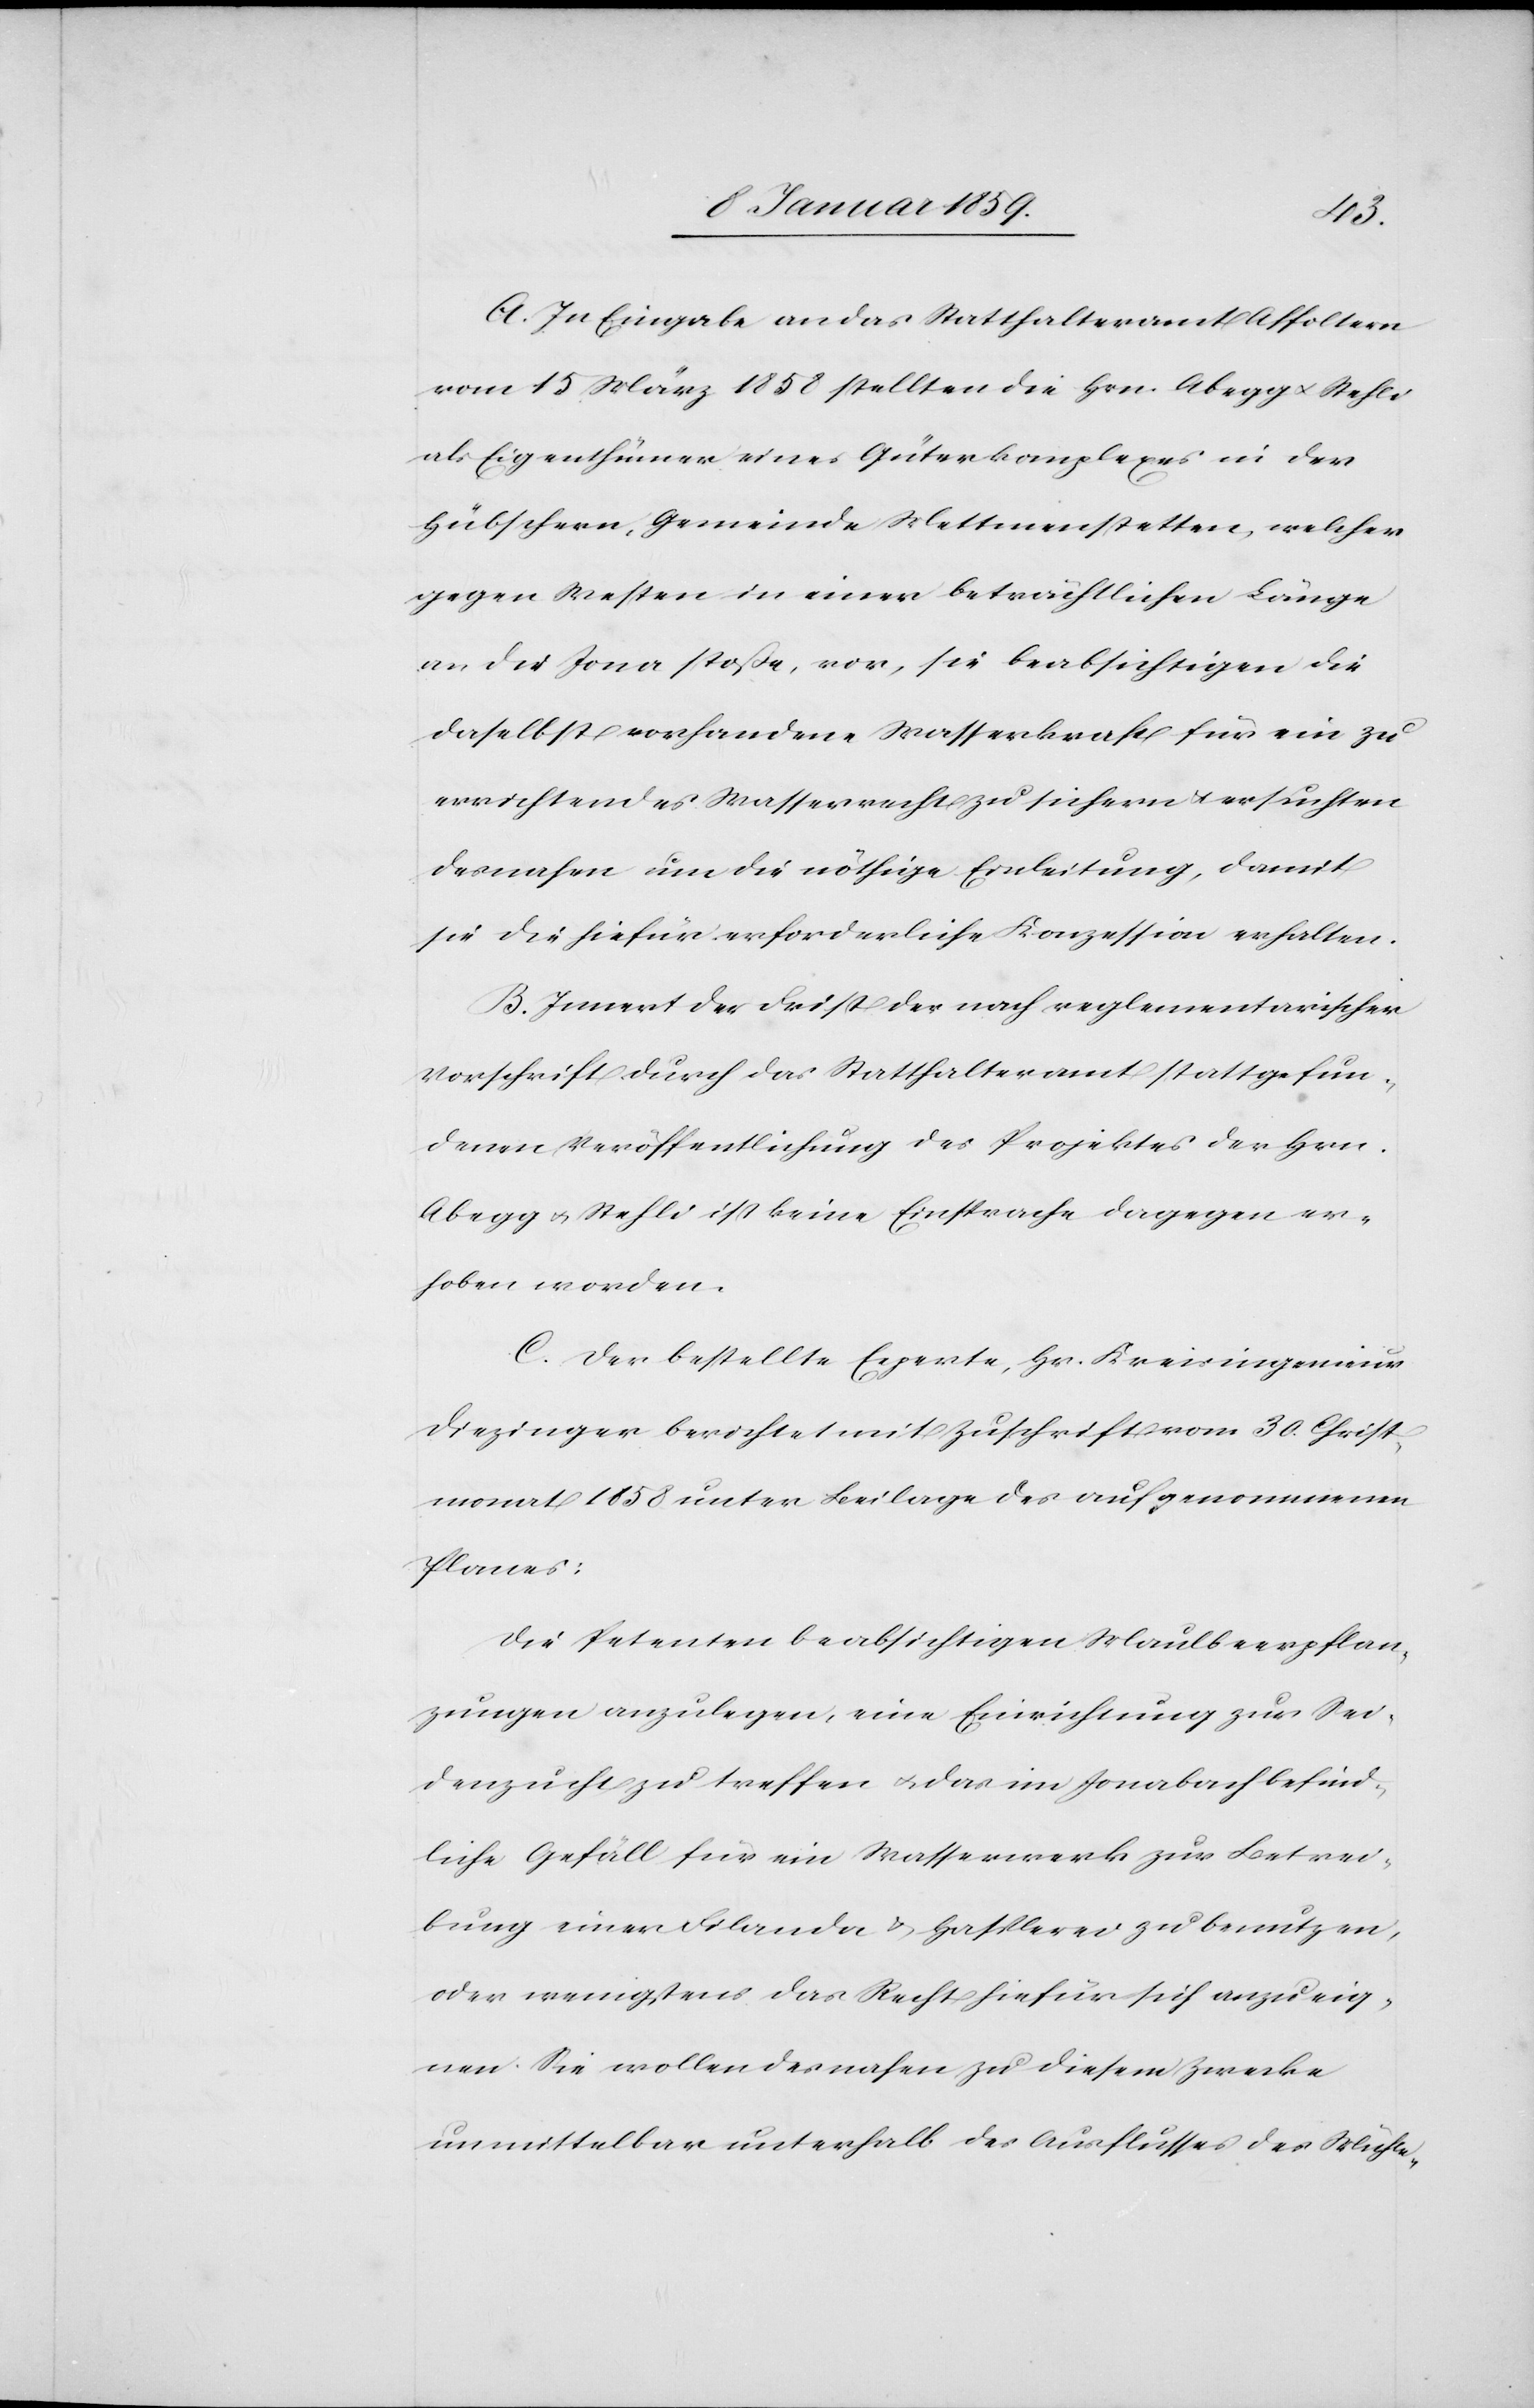
A. In Eingabe an das Statthalteramt Affoltern
vom 15 März 1858 stellten die Hrn. Abegg u, Stehli
als Eigenthümer eines Güterkomplexes in der
Hübschern, Gemeinde Mettmenstetten, welcher
gegen Westen in einer beträchtlichen Länge
an die Jona stoße, vor, sie beabsichtigen die
daselbst vorhandene Wasserkraft für ein zu
errichtendes Wasserrecht zu sichern u. ersuchten
desnahen um die nöthige Einleitung, damit
sie die hiefür erforderliche Konzession erhalten.
B. Innert der Frist der nach reglementarischer
Vorschrift durch das Statthalteramt stattgefun¬
denen Veröffentlichung des Projektes der Hrn.
Abegg u. Stehli ist keine Einsprache dagegen er¬
hoben worden.
C. Der bestellte Experte, Hr. Kreisingenieur
Diezinger berichtet mit Zuschrift vom 30. Christ¬
monat 1858 unter Beilage des aufgenommenen
Planes:
Die Petenten beabsichtigen Maulbeerpflan¬
zungen anzulegen, eine Einrichtung zur Sei¬
denzucht zu treffen u. das im Jonabach befind¬
liche Gefäll für ein Wasserwerk zur Betrei¬
bung einer Filande u. Hasplerei zu benutzen,
oder wenigstens das Recht hiefür sich anzueig¬
nen. Sie wollen desnahen zu diesem Zwecke
unmittelbar unterhalb des Ausflusses des Mühle-